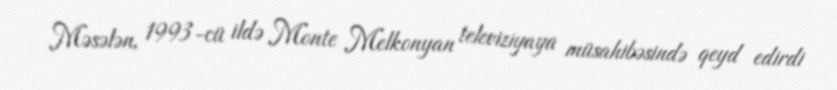
Məsələn, 1993-cü ildə Monte Melkonyan televiziyaya müsahibəsində qeyd edirdi